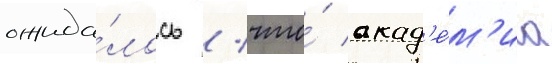
ожида́лось / что́ акад'е́м'иа